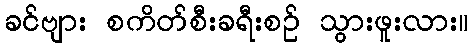
ခင်ဗျား စကိတ်စီးခရီးစဉ် သွားဖူးလား။